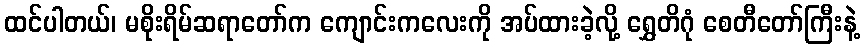
ထင်ပါတယ်၊ မစိုးရိမ်ဆရာတော်က ကျောင်းကလေးကို အပ်ထားခဲ့လို့ ရွှေတိဂုံ စေတီတော်ကြီးနဲ့